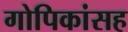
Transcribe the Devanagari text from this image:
गोपिकांसह